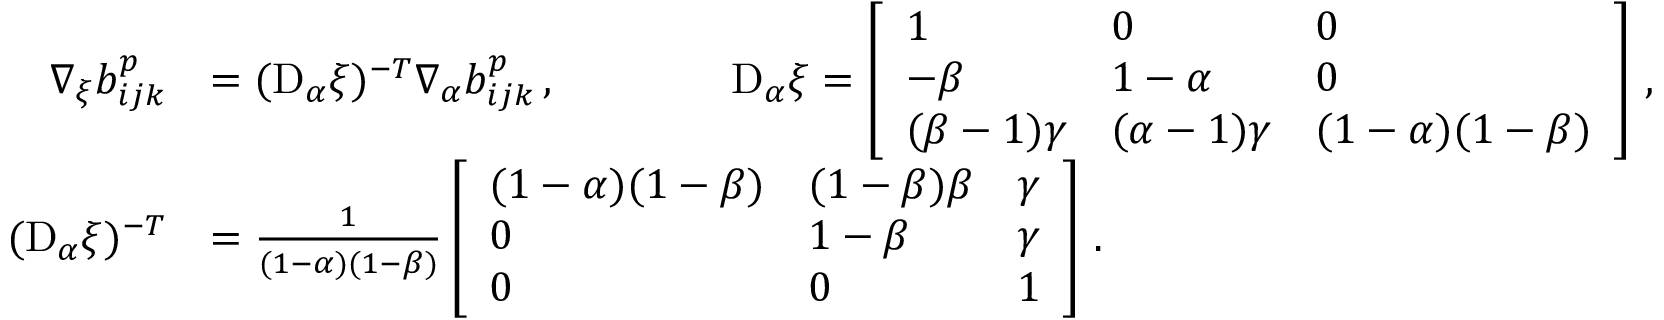
\begin{array} { r l } { \nabla _ { \xi } b _ { i j k } ^ { p } } & { = ( \mathrm { D } _ { \alpha } \boldsymbol { \xi } ) ^ { - T } \nabla _ { \alpha } b _ { i j k } ^ { p } \, , \qquad \qquad \mathrm { D } _ { \alpha } \boldsymbol { \xi } = \left[ \begin{array} { l l l } { 1 } & { 0 } & { 0 } \\ { - \beta } & { 1 - \alpha } & { 0 } \\ { ( \beta - 1 ) \gamma } & { ( \alpha - 1 ) \gamma } & { ( 1 - \alpha ) ( 1 - \beta ) } \end{array} \right] \, , } \\ { ( \mathrm { D } _ { \alpha } \boldsymbol { \xi } ) ^ { - T } } & { = \frac { 1 } { ( 1 - \alpha ) ( 1 - \beta ) } \left[ \begin{array} { l l l } { ( 1 - \alpha ) ( 1 - \beta ) } & { ( 1 - \beta ) \beta } & { \gamma } \\ { 0 } & { 1 - \beta } & { \gamma } \\ { 0 } & { 0 } & { 1 } \end{array} \right] \, . } \end{array}